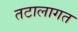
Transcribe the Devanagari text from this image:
तटालागत